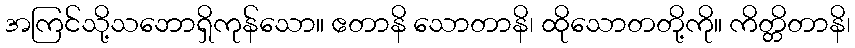
အကြင်သို့သဘောရှိကုန်သော။ ဧတာနိ သောတာနိ၊ ထိုသောတတို့ကို။ ကိတ္တိတာနိ၊